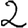
Digit: 2